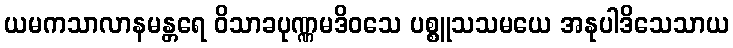
ယမကသာလာနမန္တရေ ဝိသာခပုဏ္ဏမဒိဝသေ ပစ္စူသသမယေ အနုပါဒိသေသာယ